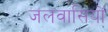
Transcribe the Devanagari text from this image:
जलवासियों